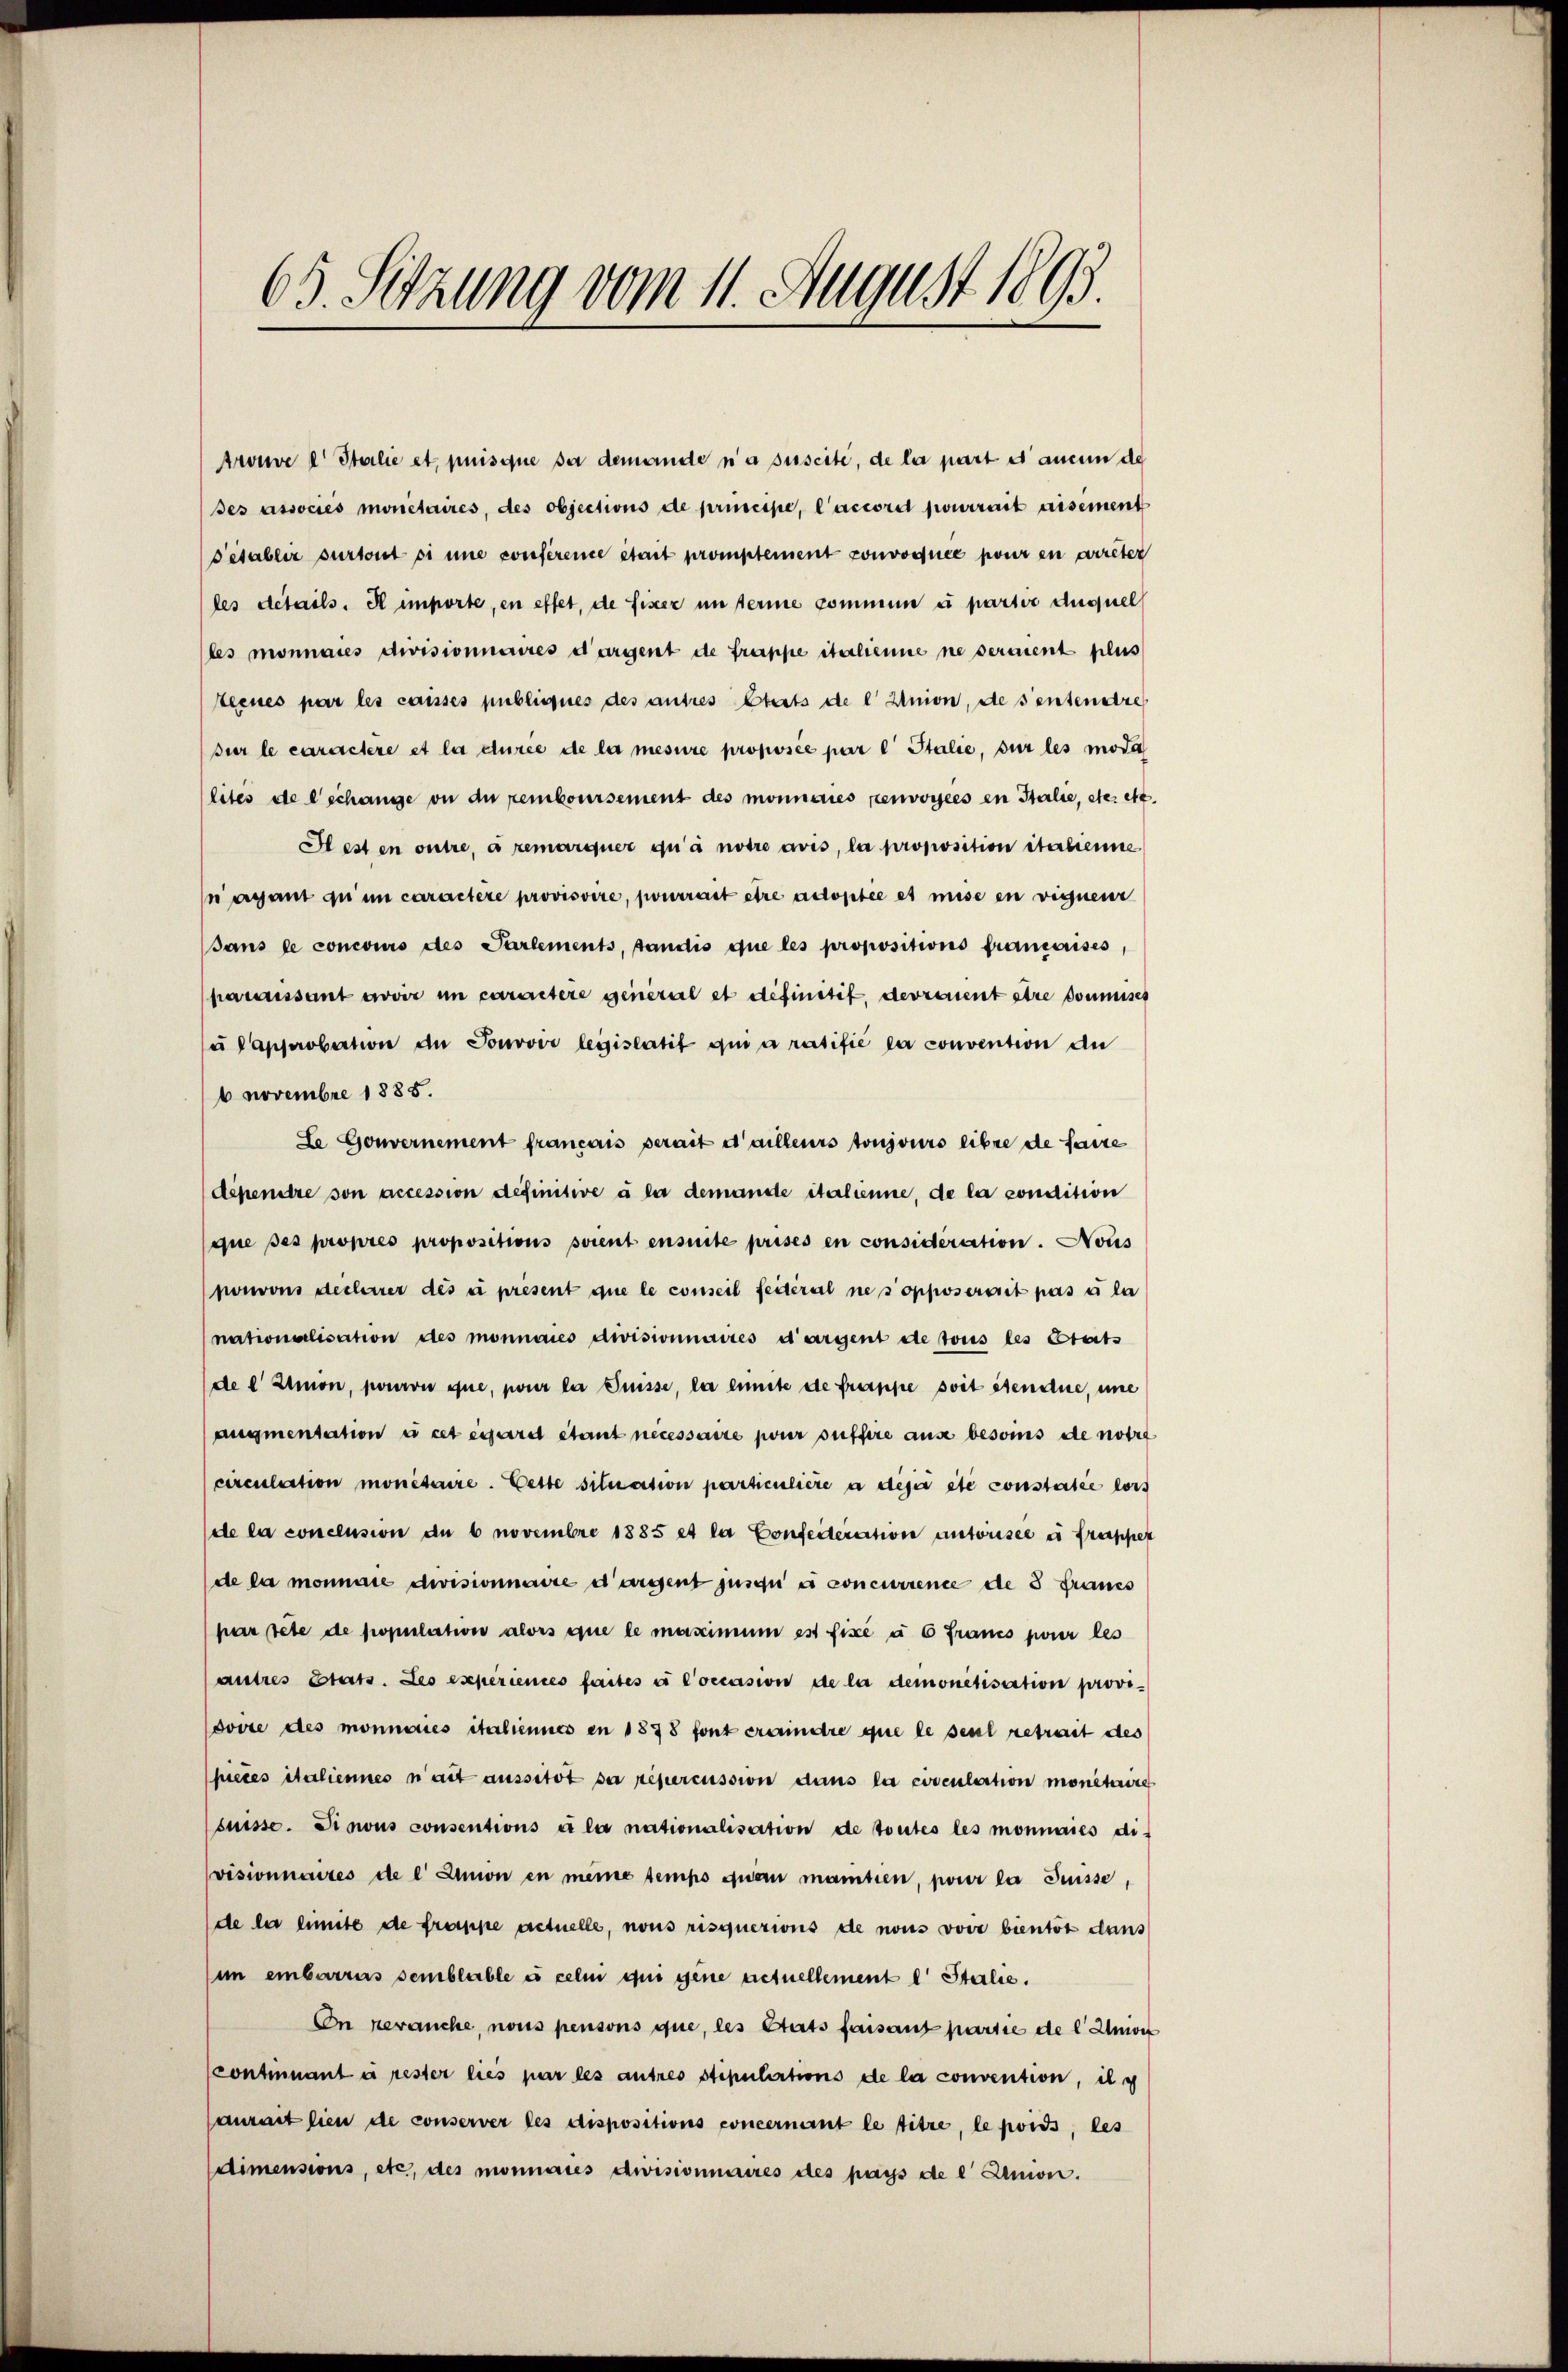
65. Setzung vom 11. August 1895.

Arouve l Italie et puisque sa demande n’a suscite, de la part es aucun de
ses associes monetaires, des objections de principe, l’accord pourrait disement
Pétablir surront si une conference était promptement convoquée pour en arreter
les details. A importe, en effet, de fixer im ferme commen u partie duquel
les monnaies divisionnaires dargent de frappe italienne ne serment plus
steenes par les caisses publiques des ausses Etats de l' Union, de sentendre
sur le caractere et la curée de la mesure proposée par c Italie, sur les mode
lites de lechange ou du remboursement des monnaies renvoyées in Italie, etc. etc.
Hesten outre, a remarquer qua notre avis, la proposition italienne
agant du im caractere provisoire, pourrait être adoptée et mise en vignen
sans le concours des Partements, fandis que les propositionis francises,
paraissant avoir im caractere general et definitif, devraient atte soumises
u Capprobation de Jonović legislatit qui a ratifié la convention de
6 Novembre 1885.
Le Gouvernement francais serait d’ailleurs toujours libre de faire
dépenitre son accession definitive à la demande italienne, de la condition
que ses propres propositions soient ensuite prises en considération. Nous
ponvons decherer des u present que le conseil feiteral ne sopposerait pas à la
nationalisation des monnaies divisionnaires dargent de tous les Etats
de  Simon, pourron que, pour la Suisse, la limite de frappe soit stendue, une
augmentation i cet égard étant necessaire pour suffire ause besoins de notit
circulation monitaire. Cette situation particulière à disi etc constatée lors
ele la concension de 6 novembre 1885 et la Confeiteration autorsee u frapper
de la monnate divisionnaire dargent jusqu’ à concurrence de 3 Fraues
par tete de population alors que le maximum est fixé à 6 Francs pour les
autres Etats. Leo experiences faites à Coccasion de la demonetisation provioovie des monnaies italiennes en 1378 font craindre que le seul retrait des
pieces italiennes n’ait aussitot se repercussion dans la coveulation monetaire
suisse. Di nous consentions à la nationalisation de toutes les monnaies di-
visionnaires de l. Junion en meine temps quan mantien, pour la Suisse,
de la limite de frappe actuelle, nous risquerions de nous voir bientöt dans
(im einbarrers semblable à celen in gene actuellement l Stalle.
On herauche, nous pensons que, les Etats faisant partie de l Anwes
continnant à rester lies par les autres stipulirtions de la convention, il c
aurait sien de conserver les dispositions concernant le titre, le poids, les
dimensions, etc., des monnates choisionnaires des pays de l' Demon.